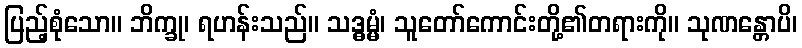
ပြည့်စုံသော။ ဘိက္ခု၊ ရဟန်းသည်။ သဒ္ဓမ္မံ၊ သူတော်ကောင်းတို့၏တရားကို။ သုဏန္တောပိ၊